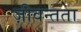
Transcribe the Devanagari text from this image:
ज़ीवन्तता